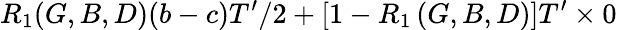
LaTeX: R_{1}(G,B,D)(b-c)T^{\prime}/2+\left[1-R_{1}\left(G,B,D\right)\right]T^{\prime}\times 0